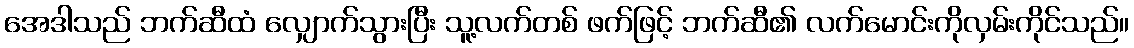
အေဒါသည် ဘက်ဆီထံ လျှောက်သွားပြီး သူ့လက်တစ် ဖက်ဖြင့် ဘက်ဆီ၏ လက်မောင်းကိုလှမ်းကိုင်သည်။